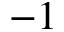
- 1